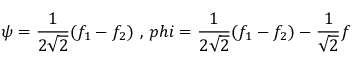
\psi = \frac { 1 } { 2 \sqrt { 2 } } ( f _ { 1 } - f _ { 2 } ) \ , \, p h i = \frac { 1 } { 2 \sqrt { 2 } } ( f _ { 1 } - f _ { 2 } ) - \frac { 1 } { \sqrt { 2 } } f